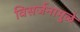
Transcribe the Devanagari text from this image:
विसर्जनामुळे